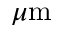
\mu \mathrm { m }